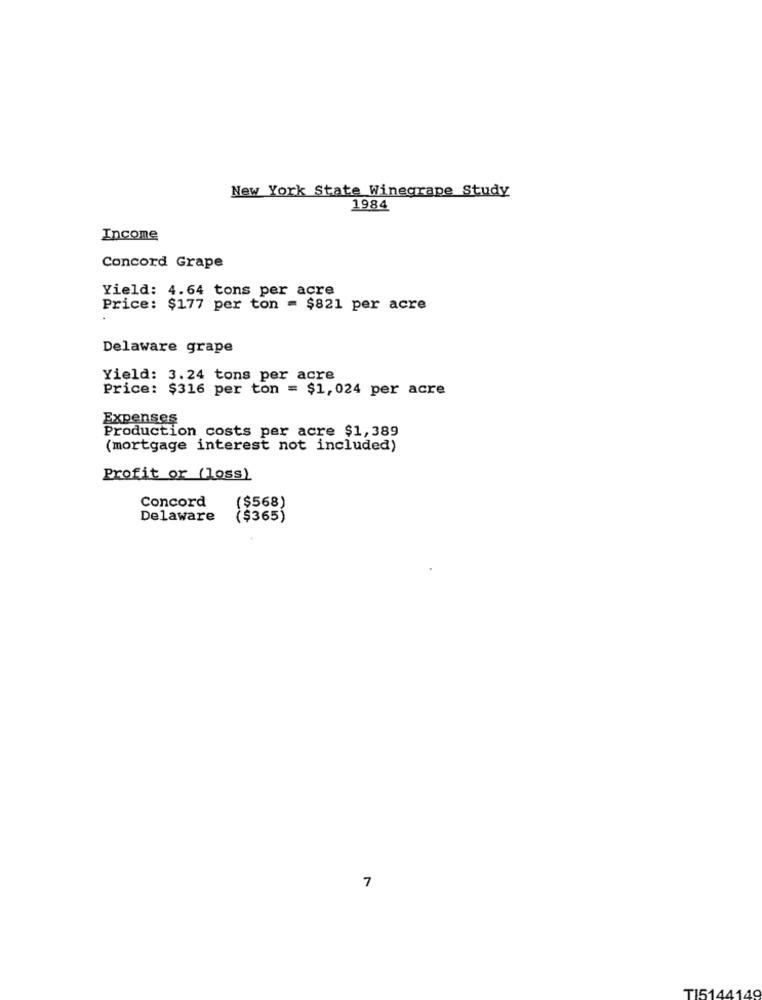
New York State Winegrape Study
1984
Income
Concord Grape
Yield: 4.64 tons per acre
Price: $177 per ton = $821 per acre
Delaware grape
Yield: 3.24 tons per acre
Price: $316 per ton = $1,024 per acre
Expenses
Production costs per acre $1,389
(mortgage interest not included)
Profit or (loss)
Concord
($568)
Delaware
($365)
7
TI5144149